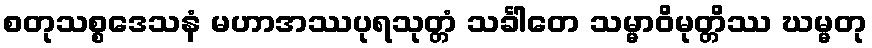
စတုသစ္စဒေသနံ မဟာအဿပုရသုတ္တံ သင်္ခါတေ သမ္မာဝိမုတ္တိဿ ဃမ္မတု